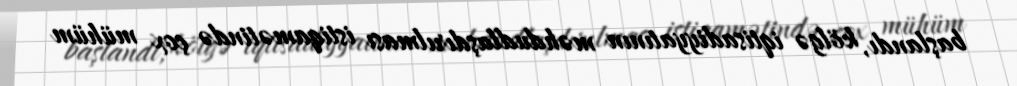
başlandı, kölgə iqtisadiyyatının məhdudlaşdırılması istiqamətində çox mühüm